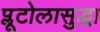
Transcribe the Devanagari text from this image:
प्लूटोलासुद्धा